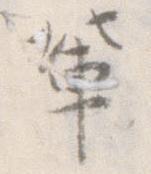
輩